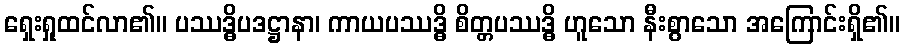
ရှေးရှုထင်လာ၏။ ပဿဒ္ဓိပဒဋ္ဌာနာ၊ ကာယပဿဒ္ဓိ စိတ္တပဿဒ္ဓိ ဟူသော နီးစွာသော အကြောင်းရှိ၏။